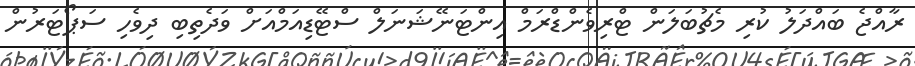
ރާއްޖެ ބައްދަލު ކުރި މެޗުބަލަން ޓްރިވެންޑްރަމް އިންޓަނޭޝަނަލް ސްޓޭޑިއަމްއަށް ވަދެތިބި ދިވެހި ސަޕޯޓަރުން